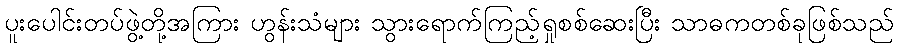
ပူးပေါင်းတပ်ဖွဲ့တို့အကြား ဟွန်းသံများ သွားရောက်ကြည့်ရှုစစ်ဆေးပြီး သာဓကတစ်ခုဖြစ်သည်